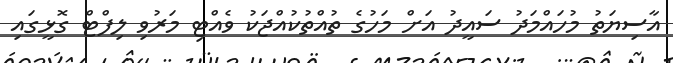
އާސިޔަތު މުހައްމަދު ސައީދު އަށް މަހުގެ ތުއްތުކުއްޖަކު ވެއްޓި މަރުވި ލިފްޓް ގޮޅީގައި